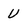
Character: U